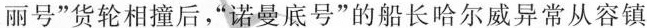
丽号”货轮相撞后，”诺曼底号”的船长哈尔威异常从容镇